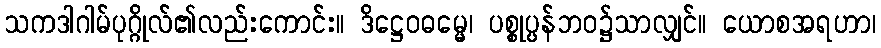
သကဒါဂါမ်ပုဂ္ဂိုလ်၏လည်းကောင်း။ ဒိဋ္ဌေဝဓမ္မေ၊ ပစ္စုပ္ပန်ဘဝ၌သာလျှင်။ ယောစအရဟာ၊